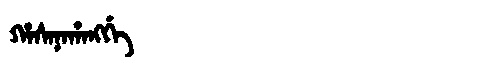
Manchu: ᡥᠠᠰᠠᠨᠠᡥᠠᠩᡤᡝ
Romanization: HASANAHANGGE